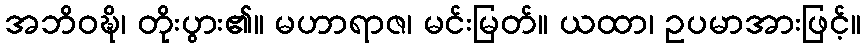
အဘိဝဍ္ဎိ၊ တိုးပွား၏။ မဟာရာဇ၊ မင်းမြတ်။ ယထာ၊ ဥပမာအားဖြင့်။